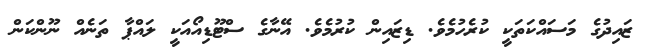
ޒައިދުގެ މަސައްކަތަކީ ކުރެހުމެވެ. ޑިޒައިން ކުރުމެވެ. އޭނާގެ ސްޓޫޑިއޯއަކީ ލައްޕާ ތަނެއް ނޫންކަން